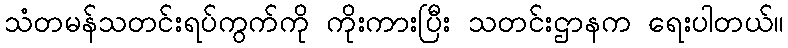
သံတမန်သတင်းရပ်ကွက်ကို ကိုးကားပြီး သတင်းဌာနက ရေးပါတယ်။